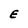
Character: E